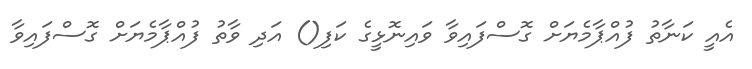
އެއީ ކަނާތު ފުއްޕާމެޔަށް ގޮސްފައިވާ ވައިނޮޅީގެ ކަފި() އަދި ވާތު ފުއްޕާމެޔަށް ގޮސްފައިވާ